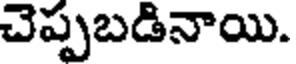
చెప్పబడినాయి.